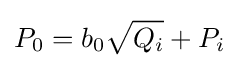
P_{0}=b_{0}{\sqrt {Q_{i}}}+P_{i}